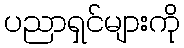
ပညာရှင်များကို